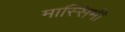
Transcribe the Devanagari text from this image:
मास्सिमी